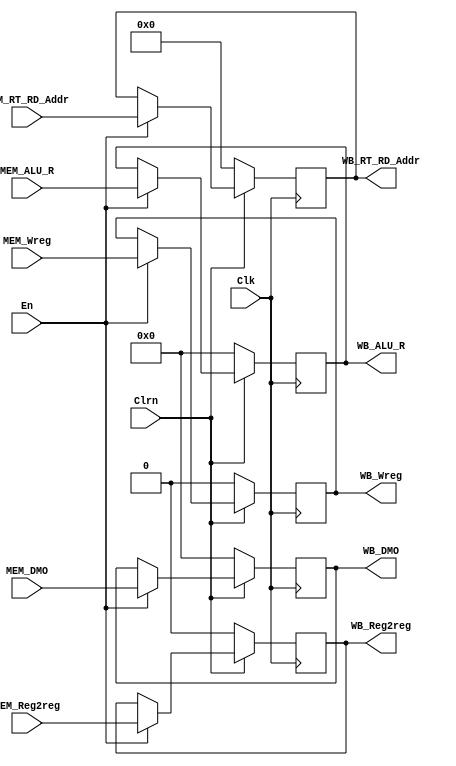
`timescale 1ns / 1ps
//////////////////////////////////////////////////////////////////////////////////
// Company: 
// Engineer: 
// 
// Design Name: 
// Module Name: MEMWB
// Project Name: 
// Target Devices: 
// Tool Versions: 
// Description: 
// 
// Dependencies: 
// 
// Revision:
// Revision 0.01 - File Created
// Additional Comments:
// 
//////////////////////////////////////////////////////////////////////////////////


module MEMWB(
    En, Clk, Clrn,
    MEM_Wreg, MEM_DMO, MEM_Reg2reg, MEM_ALU_R, MEM_RT_RD_Addr,
    WB_Wreg,  WB_DMO,  WB_Reg2reg,  WB_ALU_R,  WB_RT_RD_Addr
    );
    
    input               En;
    input               Clk;
    input               Clrn;
    
    input       [31:0]  MEM_ALU_R;
    input       [31:0]  MEM_DMO;
    input       [4:0]   MEM_RT_RD_Addr;
    input               MEM_Wreg;
    input               MEM_Reg2reg;
    
    output  reg [31:0]  WB_ALU_R;
    output  reg [31:0]  WB_DMO;
    output  reg [4:0]   WB_RT_RD_Addr;
    output  reg         WB_Wreg;
    output  reg         WB_Reg2reg;
    
    initial
    begin
        
    end
    
    always @(posedge Clk)
    begin
        if(!Clrn)
            {WB_Wreg, WB_Reg2reg, WB_ALU_R, WB_DMO, WB_RT_RD_Addr}<=0;
        else if(En)
            {WB_Wreg, WB_Reg2reg, WB_ALU_R, WB_DMO, WB_RT_RD_Addr}<=
            {MEM_Wreg,MEM_Reg2reg,MEM_ALU_R,MEM_DMO,MEM_RT_RD_Addr};
    end
    
endmodule